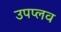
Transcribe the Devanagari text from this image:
उपप्लव